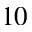
^ { 1 0 }